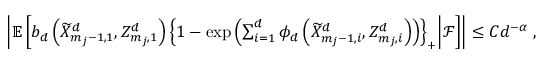
\begin{array} { r l } & { \left\lvert \ensuremath { \mathbb { E } \left[ b _ { d } \left( \widetilde { X } _ { m _ { j } - 1 , 1 } ^ { d } , Z _ { m _ { j } , 1 } ^ { d } \right) \left\lbrace 1 - \exp \left( \sum _ { i = 1 } ^ { d } \phi _ { d } \left( \widetilde { X } _ { m _ { j } - 1 , i } ^ { d } , Z _ { m _ { j } , i } ^ { d } \right) \right) \right\rbrace _ { + } \middle | \mathcal { F } \right] } \right\rvert \leq C d ^ { - \alpha } \; , } \end{array}